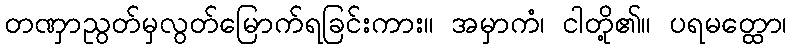
တဏှာညွတ်မှလွတ်မြောက်ရခြင်းကား။ အမှာကံ၊ ငါတို့၏။ ပရမတ္ထော၊